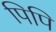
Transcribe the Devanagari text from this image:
पिपि